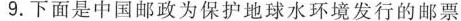
9.下面是中国邮政为保护地球水环境发行的邮票